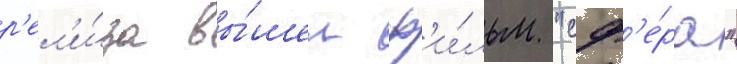
р'ел'и́за вы́шел ф'и́льм "сф'е́ра"